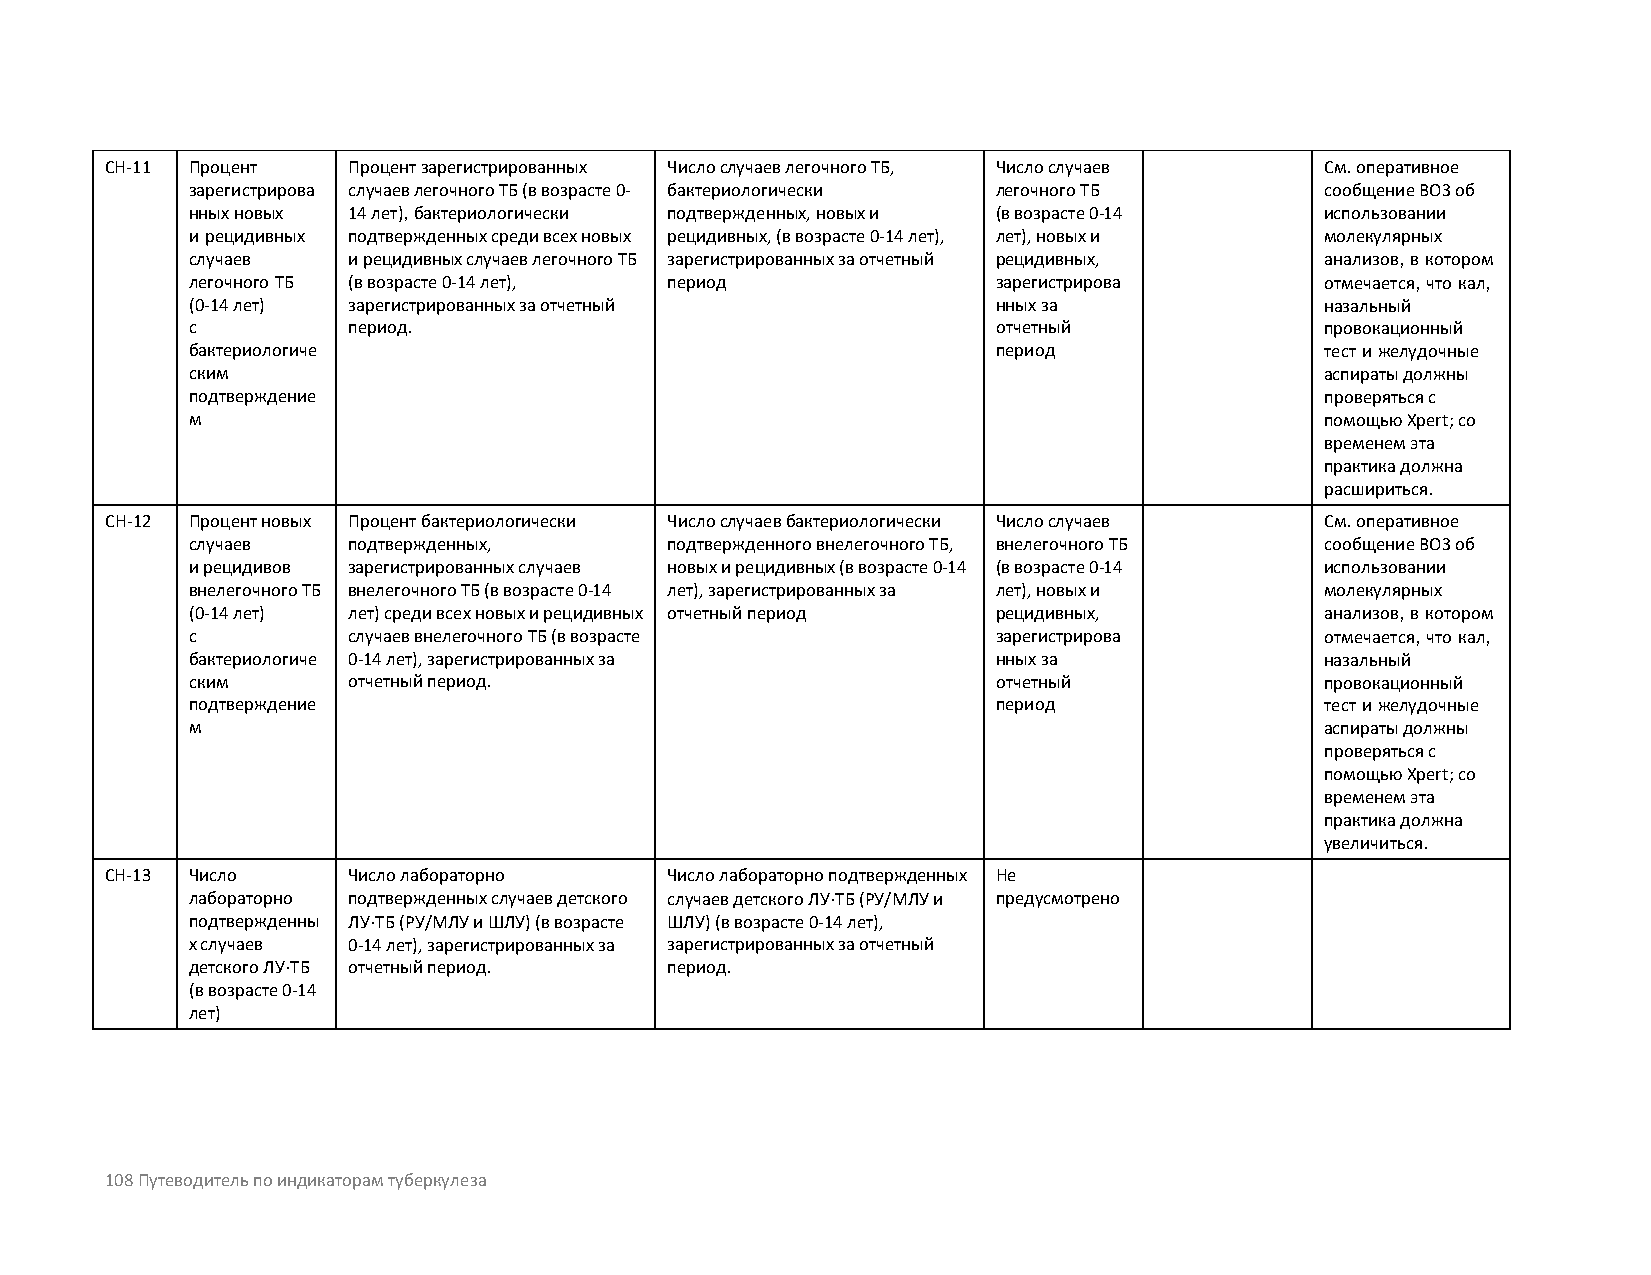
CH-11 Процент   Процент зарегистрированных Число случаев легочного ТБ, Число случаев См. оперативное
 зарегистрирова случаев легочного ТБ (в возрасте 0- бактериологически легочного ТБ сообщение ВОЗ об
 нных новых 14 лет), бактериологически подтвержденных, новых и (в возрасте 0-14 использовании
 и рецидивных подтвержденных среди всех новых рецидивных, (в возрасте 0-14 лет), лет), новых и молекулярных
 случаев    и рецидивных случаев легочного ТБ зарегистрированных за отчетный рецидивных, анализов, в котором
 легочного ТБ (в возрасте 0-14 лет), период            зарегистрирова        отмечается, что кал,
 (0-14 лет) зарегистрированных за отчетный             нных за               назальный
 с          период.                                    отчетный              провокационный
 бактериологиче                                        период                тест и желудочные
 ским                                                                        аспираты должны
 подтверждение                                                               проверяться с
 м                                                                           помощью Xpert; со
 временем эта
 практика должна
 расшириться.
 CH-12 Процент новых Процент бактериологически Число случаев бактериологически Число случаев См. оперативное
 случаев    подтвержденных,      подтвержденного внелегочного ТБ, внелегочного ТБ сообщение ВОЗ об
 и рецидивов зарегистрированных случаев новых и рецидивных (в возрасте 0-14 (в возрасте 0-14 использовании
 внелегочного ТБ внелегочного ТБ (в возрасте 0-14 лет), зарегистрированных за лет), новых и молекулярных
 (0-14 лет) лет) среди всех новых и рецидивных отчетный период рецидивных,   анализов, в котором
 с          случаев внелегочного ТБ (в возрасте        зарегистрирова        отмечается, что кал,
 бактериологиче 0-14 лет), зарегистрированных за       нных за               назальный
 ским       отчетный период.                           отчетный              провокационный
 подтверждение                                         период                тест и желудочные
 м                                                                           аспираты должны
 проверяться с
 помощью Xpert; со
 временем эта
 практика должна
 увеличиться.
 CH-13 Число     Число лабораторно    Число лабораторно подтвержденных Не
 лабораторно подтвержденных случаев детского случаев детского ЛУ-ТБ (РУ/МЛУ и предусмотрено
 подтвержденны ЛУ-ТБ (РУ/МЛУ и ШЛУ) (в возрасте ШЛУ) (в возрасте 0-14 лет),
 х случаев  0-14 лет), зарегистрированных за зарегистрированных за отчетный
 детского ЛУ-ТБ отчетный период. период.
 (в возрасте 0-14
 лет)
 108 Путеводитель по индикаторам туберкулеза